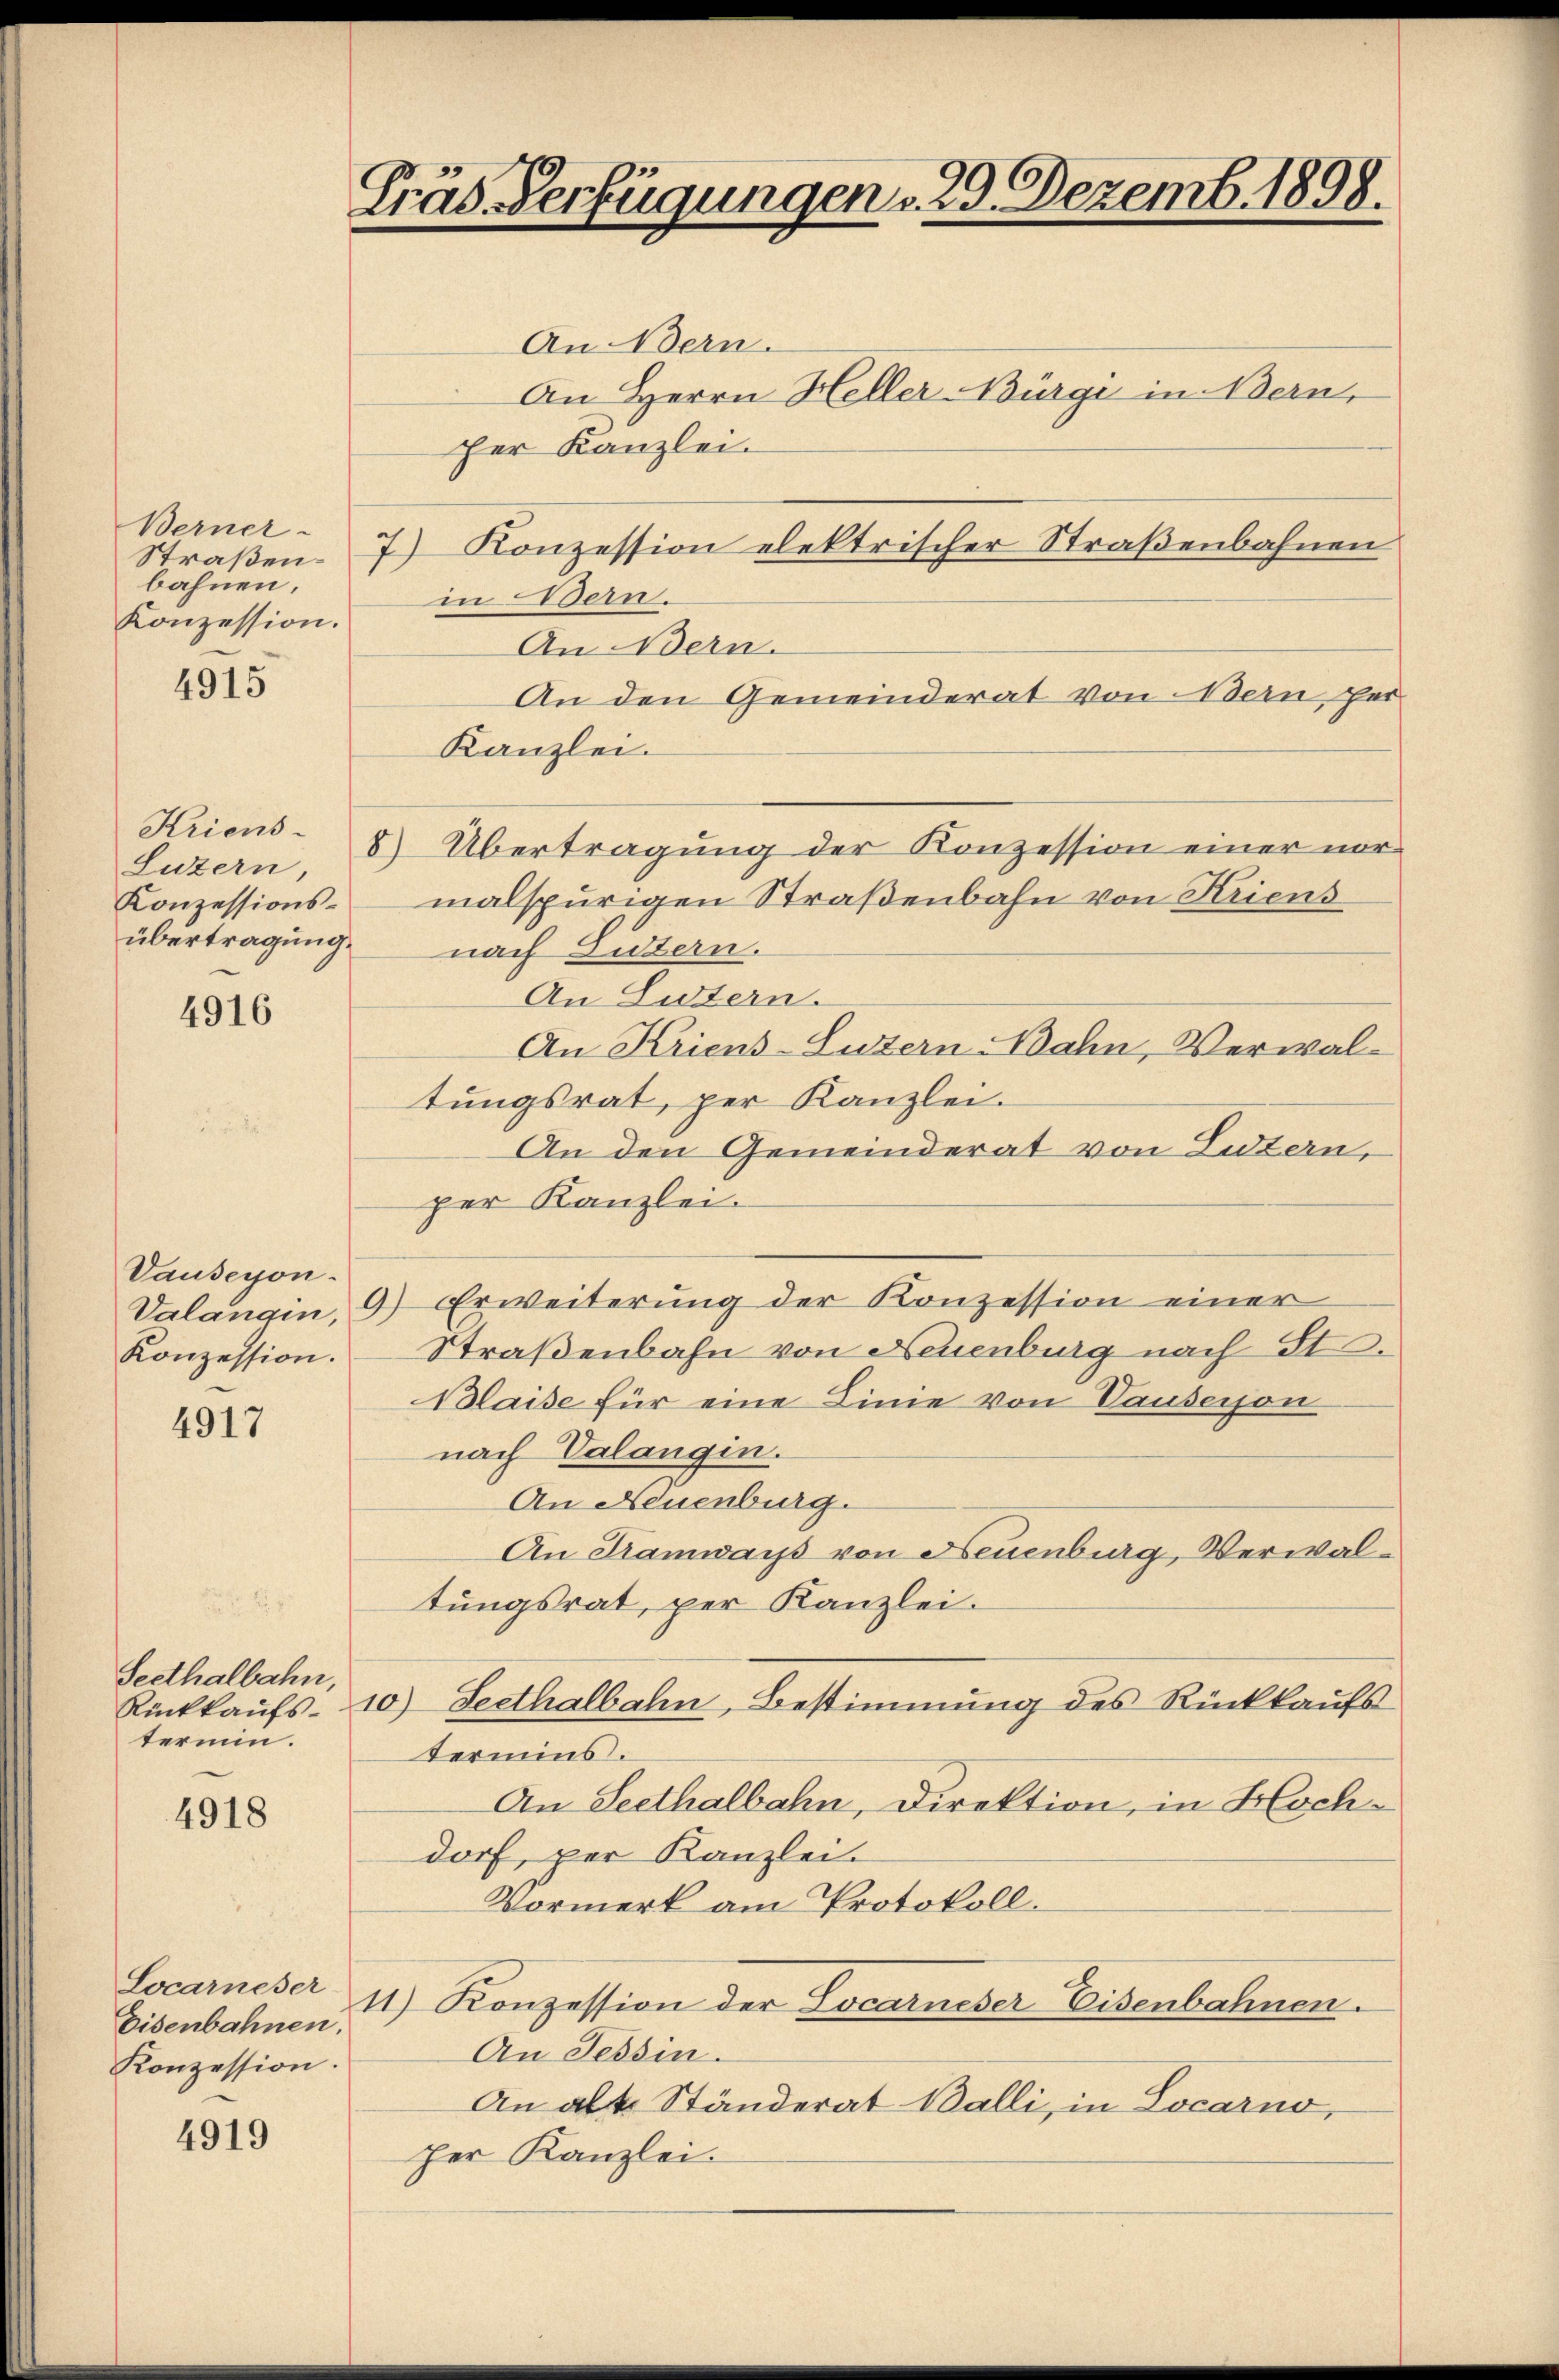
Berner-
bahnen,
Konzession.

4915

Kriens
Luzern,
Konzessionsübertragung.

4916

Vauseyon.
Konzession.

4917

Seethalbahn,
termin.

4918

Locarneser
Eisenbahnen.
Konzession.

4919

Fräs. Verfügungen v. 29. Dezemb. 1898.

An Bern.
An Herrn Heller Bürgi in Bern,
her Kanzlei.
Straßen. 7) Konzession elektrischer Straßenbahnen
in Bern.
An Wern.
An den Gemeinderat von Bern, her
Kanzlei.
8) Übertragung der Konzession einer normalspurigen Straßenbahn von Kriens
nach Luzern.
An Sutern.
An Kriens-Luzern Wahn, Verwaltungsrat, per Kanzlei.
An den Gemeinderat von Luzern,
per Kanzlei.
Valangin, 9) Erweiterŭng der Konzession einer
Straßenbahn von Neuenburg nach St.
Blaise für eine Linie von Pausesson
nach Valangin.
An Neuenburg.
An Tramwars von Neuenburg, Verwaltungsrat, per Kanzlei.
Rückkaŭfs- 10) Seethalbahn, Bestimmung des Rückkaufs
termins.
An Seethalbahn, Direktion, in Hochdorf, per Kanzlei.
Vormerk am Protokoll.
11) Konzession der Locarneser Eisenbahnen.
An Tessin.
An alt. Ständerat Balli, in Locarno,
her Kanzlei.